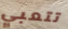
تتعبي